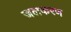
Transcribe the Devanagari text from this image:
जलकरण